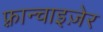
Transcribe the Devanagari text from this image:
फ़्रान्चाइज़ेर